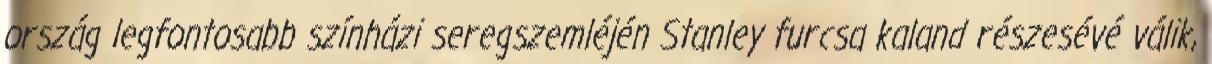
ország legfontosabb színházi seregszemléjén Stanley furcsa kaland részesévé válik,